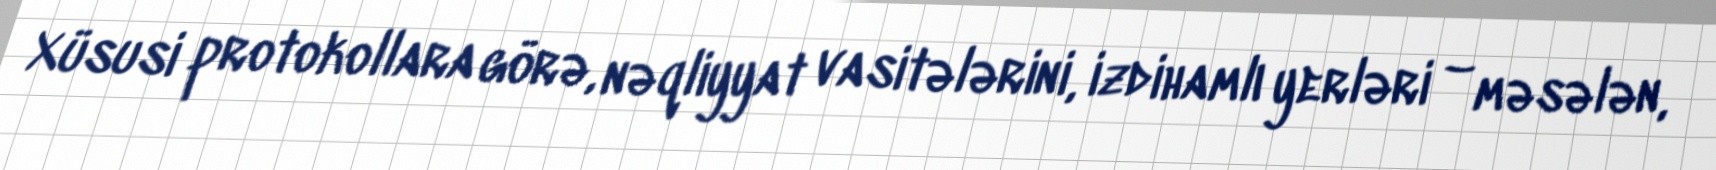
Xüsusi protokollara görə, nəqliyyat vasitələrini, izdihamlı yerləri – məsələn,